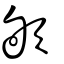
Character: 欨